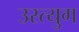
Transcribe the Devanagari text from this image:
उस्त्युग